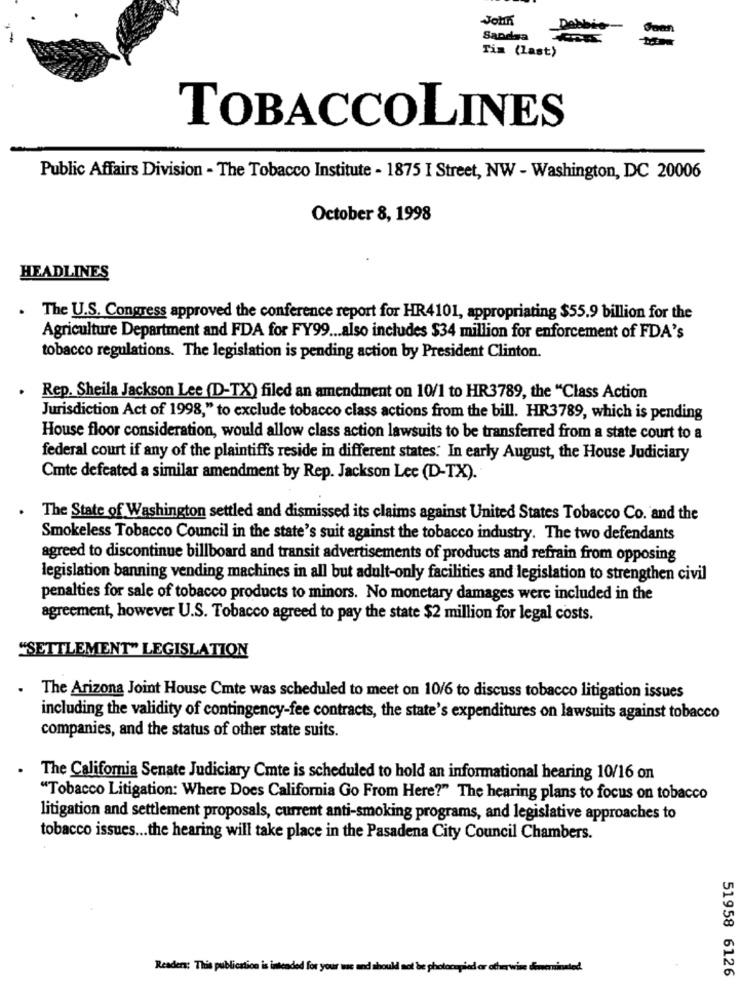
John
Debbie-
Sandsa
Tis (last)
TOBACCOLINES
Public Affairs Division - The Tobacco Institute - 1875 I Street, NW - Washington, DC 20006
October 8, 1998
HEADLINES
. The U.S. Congress approved the conference report for HR4101, appropriating $55.9 billion for the
Agriculture Department and FDA for FY99 ... also includes $34 million for enforcement of FDA's
tobacco regulations. The legislation is pending action by President Clinton.
Rep. Sheila Jackson Lee (D-TX) filed an amendment on 10/1 to HR3789, the "Class Action
Jurisdiction Act of 1998," to exclude tobacco class actions from the bill. HR3789, which is pending
House floor consideration, would allow class action lawsuits to be transferred from a state court to a
federal court if any of the plaintiffs reside in different states: In early August, the House Judiciary
Cmte defeated a similar amendment by Rep. Jackson Lee (D-TX).
The State of Washington settled and dismissed its claims against United States Tobacco Co. and the
Smokeless Tobacco Council in the state's suit against the tobacco industry. The two defendants
agreed to discontinue billboard and transit advertisements of products and refrain from opposing
legislation banning vending machines in all but adult-only facilities and legislation to strengthen civil
penalties for sale of tobacco products to minors. No monetary damages were included in the
agreement, however U.S. Tobacco agreed to pay the state $2 million for legal costs.
"SETTLEMENT" LEGISLATION
. The Arizona Joint House Cmte was scheduled to meet on 10/6 to discuss tobacco litigation issues
including the validity of contingency-fee contracts, the state's expenditures on lawsuits against tobacco
companies, and the status of other state suits.
The California Senate Judiciary Cmte is scheduled to hold an informational hearing 10/16 on
"Tobacco Litigation: Where Does California Go From Here?" The hearing plans to focus on tobacco
litigation and settlement proposals, current anti-smoking programs, and legislative approaches to
tobacco issues ... the hearing will take place in the Pasadena City Council Chambers.
Readers: This publication is intended for your we and should not be photocopied or otherwise dimensinated.
51958 6126